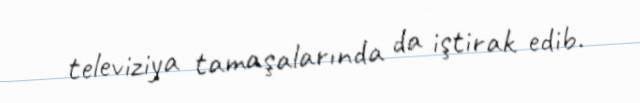
televiziya tamaşalarında da iştirak edib.